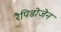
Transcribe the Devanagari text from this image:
रैपिडोजेन